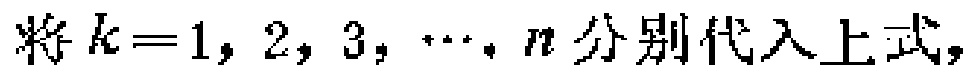
将 \(k = 1, 2, 3, \cdots, n\) 分别代入上式，